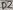
Text: D2